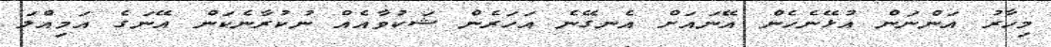
މިހާރު އަންނަން އުޅޭނެހެން އޭނައަށް އެނގޭނެ އަހަރެން ޝަކުވާއެއް ނުކުރާނެކަން އޭނަގެ އަމިއްލަ